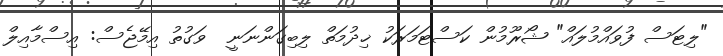
"ލިޓަސް ފުވައްމުލައް" ޝޯރޫމުން ކަސްޓަމަރަކު ޚިދުމަތް ލިބިގަންނަނީ  ވަގުތު އިމޭޖެސް: އިސްމާއިލް